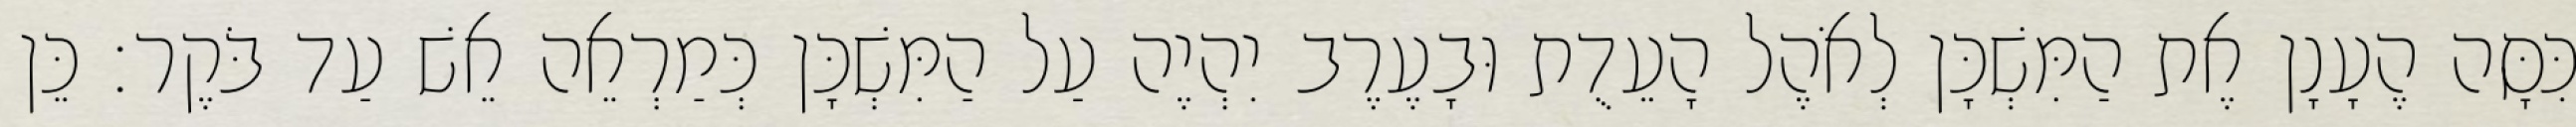
כִּסָּה הֶעָנָן אֶת הַמִּשְׁכָּן לְאֹהֶל הָעֵדֻת וּבָעֶרֶב יִהְיֶה עַל הַמִּשְׁכָּן כְּמַרְאֵה אֵשׁ עַד בֹּקֶר׃ כֵּן